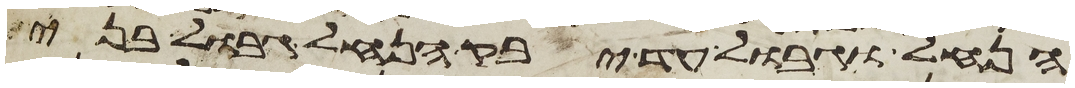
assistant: הנחל וגבול עד יבק הנחל גבול בני